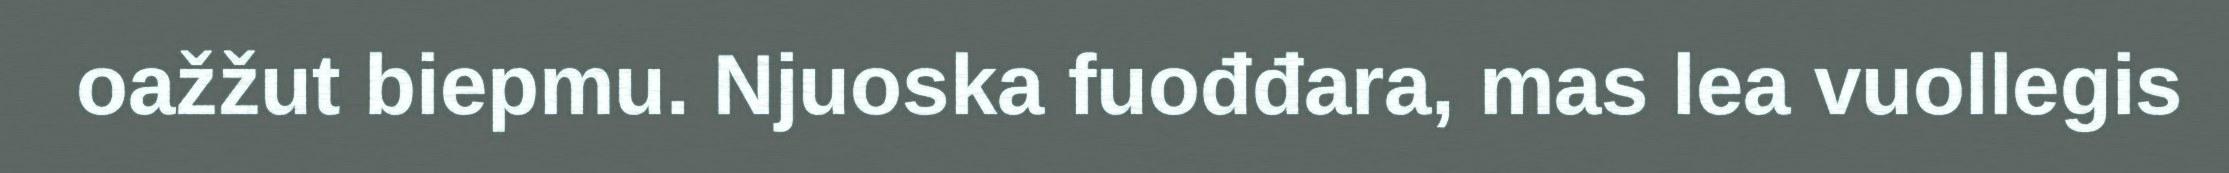
oažžut biepmu. Njuoska fuođđara, mas lea vuollegis